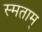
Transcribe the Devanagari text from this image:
स्मताम्